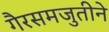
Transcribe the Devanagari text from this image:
गैरसमजुतीने